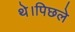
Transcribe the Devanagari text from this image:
थे।पिछले